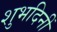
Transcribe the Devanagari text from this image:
शुभदिनीं